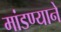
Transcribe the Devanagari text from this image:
मांडण्याने